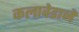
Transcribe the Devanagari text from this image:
कलावेडाने